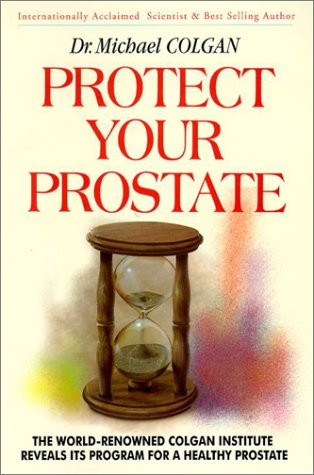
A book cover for Protect Your Prostate; Michael Colgan; Health, Fitness & Dieting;